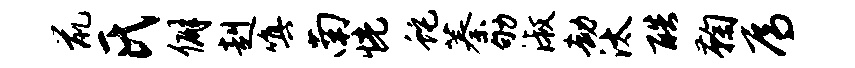
鼠氏僻赳嗔南恍蛇蓁劬淑劫汰酷鞠焉